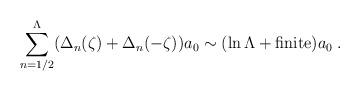
LaTeX: \begin{align*}\sum_{n=1/2}^{\Lambda} ( \Delta_n(\zeta) + \Delta_n(-\zeta) ) a_0 \sim (\ln \Lambda + {\rm{finite}} ) a_0\;.\end{align*}